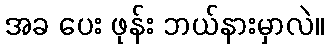
အခ ပေး ဖုန်း ဘယ်နားမှာလဲ။